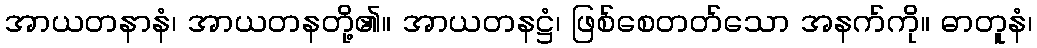
အာယတနာနံ၊ အာယတနတို့၏။ အာယတနဋ္ဌံ၊ ဖြစ်စေတတ်သော အနက်ကို။ ဓာတူနံ၊